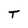
Character: T